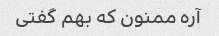
آره ممنون که بهم گفتی